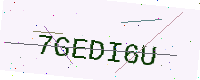
Text: 7GEDI6U